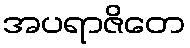
အပရာဇိတေ